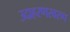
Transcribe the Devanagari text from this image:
उदाहरणस्‍वरुप